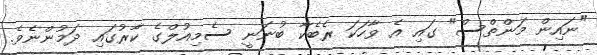
"ނައިން މަންތްސް" ގައި އެ ވާހަކަ ރެބެކާ ބުނަނީ ސެމިއުލްގެ ކާރުގައި ދަމުންނެވެ.